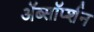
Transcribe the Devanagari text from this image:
ॲब्सॉर्प्शन